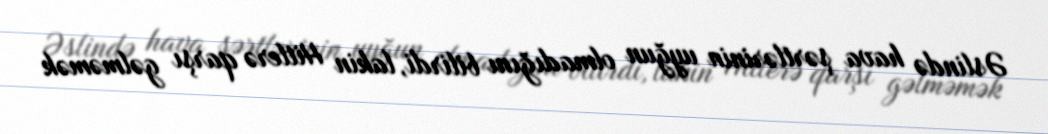
Əslində hava şərtlərinin uyğun olmadığını bilirdi, lakin Hitlerə qarşı gəlməmək